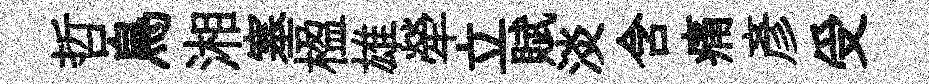
哲鳥湘塞楹雄犖立賦淡含痛彥受